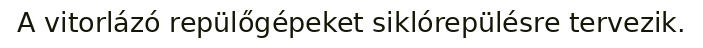
A vitorlázó repülőgépeket siklórepülésre tervezik.